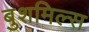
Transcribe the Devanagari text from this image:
बुशमिल्स